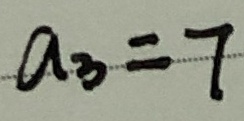
a _ { 3 } = 7